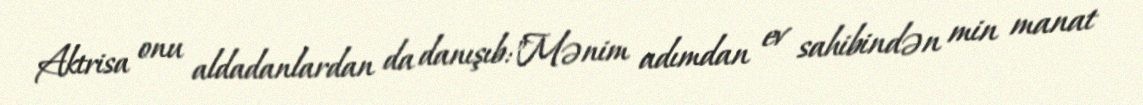
Aktrisa onu aldadanlardan da danışıb:"Mənim adımdan ev sahibindən min manat